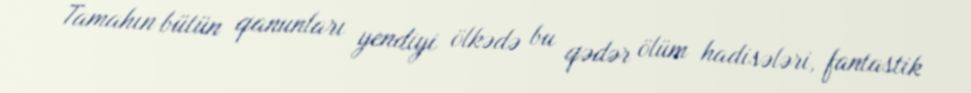
Tamahın bütün qanunları yendiyi ölkədə bu qədər ölüm hadisələri, fantastik